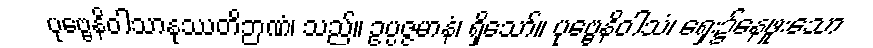
ပုဗ္ဗေနိဝါသာနုဿတိဉာဏံ၊ သည်။ ဥပ္ပဇ္ဇမာနံ၊ ရှိသော်။ ပုဗ္ဗေနိဝါသံ၊ ရှေး၌နေဖူးသော